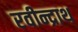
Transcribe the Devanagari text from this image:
रवीन्द्राथ